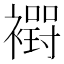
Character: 𮖸